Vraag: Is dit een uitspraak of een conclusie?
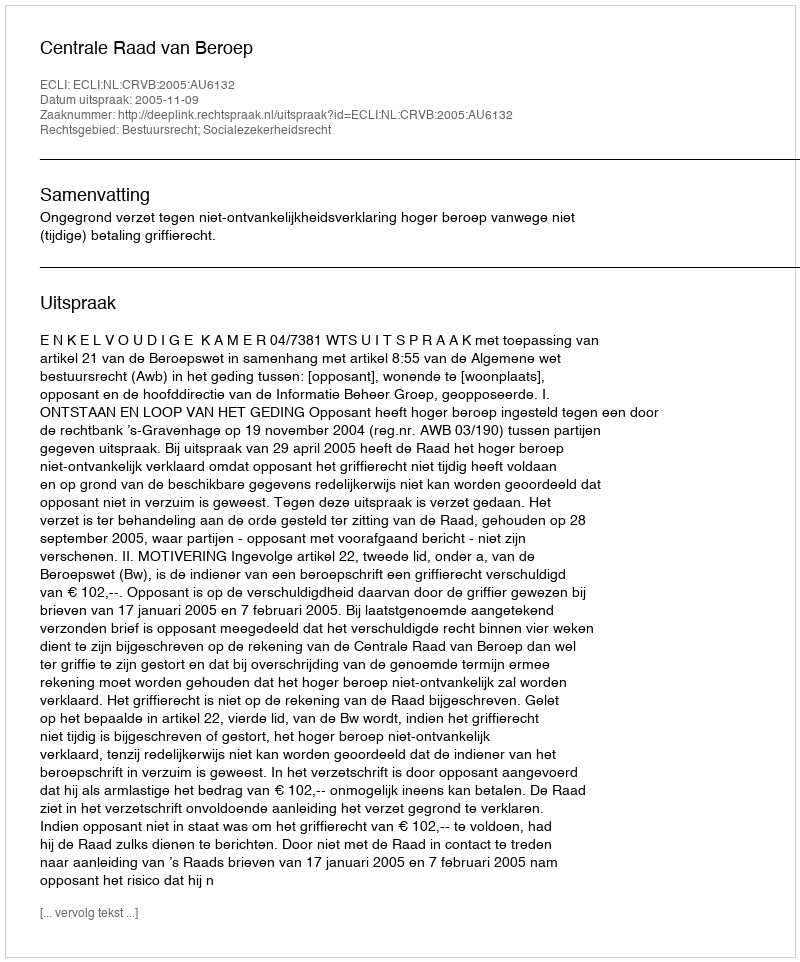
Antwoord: Uitspraak